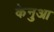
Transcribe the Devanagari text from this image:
केनुआ